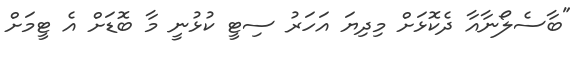
"ބާސެލޯނާއާ ދެކޮޅަށް މިދިޔަ އަހަރު ސިޓީ ކުޅުނީ މާ ބޮޑަށް އެ ޓީމަށް